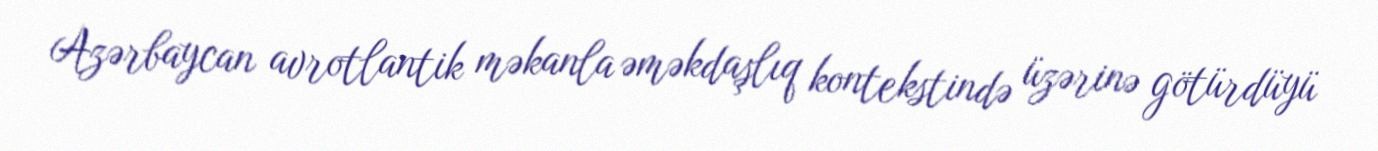
Azərbaycan avrotlantik məkanla əməkdaşlıq kontekstində üzərinə götürdüyü